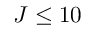
J \le 1 0